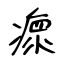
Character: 瘝